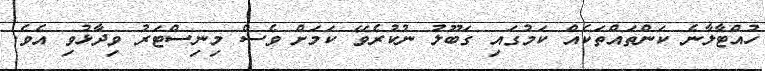
ހުއްޓާލާނެ ކަންތައްތަކެއް ކަމުގައި ގަބޫލު ނުކުރެވޭ ކަމަށް ވެސް މިނިސްޓަރު ވިދާޅުވި އެވެ.